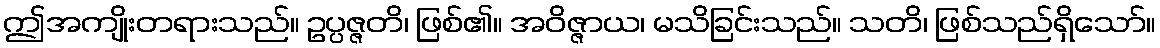
ဤအကျိုးတရားသည်။ ဥပ္ပဇ္ဇတိ၊ ဖြစ်၏။ အဝိဇ္ဇာယ၊ မသိခြင်းသည်။ သတိ၊ ဖြစ်သည်ရှိသော်။